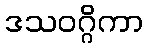
ဒသဝဂ္ဂိကာ